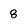
Character: 8